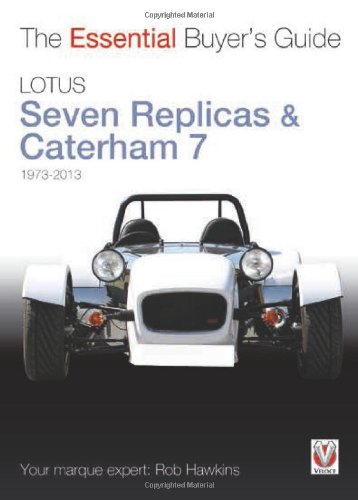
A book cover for Lotus Seven Replicas & Caterham 7: 1973 to 2013 (The Essential Buyer's Guide); Rob Hawkins; Engineering & Transportation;